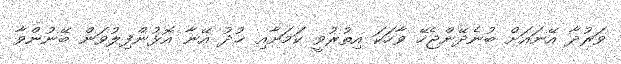
ވަރުދާ އޭނައަށް ބުނެދޭންޖެހޭ ވާހަކަ އިތުރުވީ ކަމަށާއި ޚުދު އޭނާ އޮޅުންފިލުވަން ބޭނުންވާ